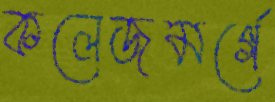
কলেজমর্গে